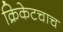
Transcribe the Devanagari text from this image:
क्रिकेटचाच